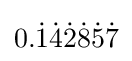
0.{\dot {1}}{\dot {4}}{\dot {2}}{\dot {8}}{\dot {5}}{\dot {7}}